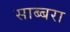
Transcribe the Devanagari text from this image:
साब्बरा